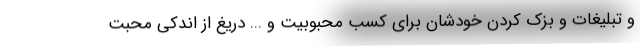
و تبلیغات و بزک کردن خودشان برای کسب محبوبیت و ... دریغ از اندکی محبت